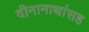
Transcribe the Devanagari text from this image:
दीनानाथांसह